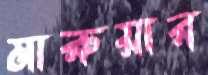
মারুয়ার